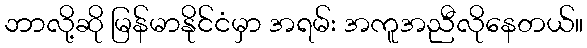
ဘာလို့ဆို မြန်မာနိုင်ငံမှာ အရမ်း အကူအညီလိုနေတယ်။